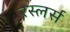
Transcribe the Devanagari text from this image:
रस्लर्स